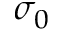
\sigma _ { 0 }